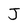
Character: J